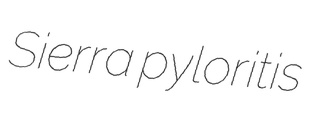
Sierra pyloritis